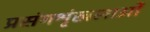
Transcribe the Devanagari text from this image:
प्रसंगश्रृंखलाओं